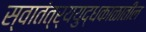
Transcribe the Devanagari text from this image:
स्वातंत्र्ययुद्धकाळातील